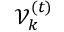
\mathcal { V } _ { k } ^ { ( t ) }